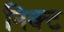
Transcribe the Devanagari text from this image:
निक्ट